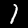
Label: 1